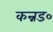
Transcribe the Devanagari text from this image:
कन्नड०